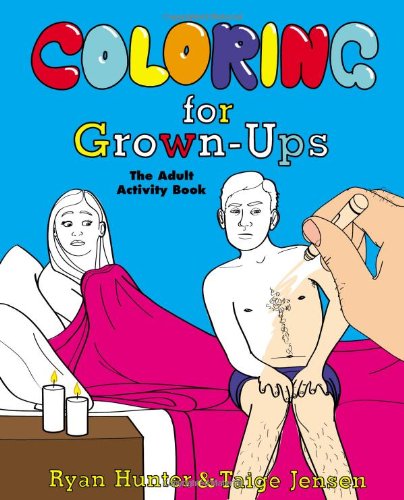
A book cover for Coloring for Grown-Ups: The Adult Activity Book; Ryan Hunter; Humor & Entertainment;